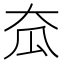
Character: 𡗷